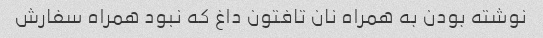
نوشته بودن به همراه نان تافتون داغ که نبود همراه سفارش